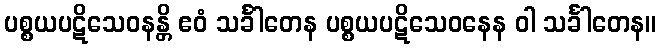
ပစ္စယပဋိသေဝနန္တိ ဧဝံ သင်္ခါတေန ပစ္စယပဋိသေဝနေန ဝါ သင်္ခါတေန။